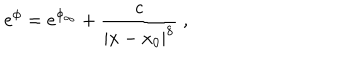
e ^ { \phi } = e ^ { \phi _ { \infty } } + \frac { c } { | x - x _ { 0 } | ^ { 8 } } \ ,